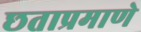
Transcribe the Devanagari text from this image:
छताप्रमाणे